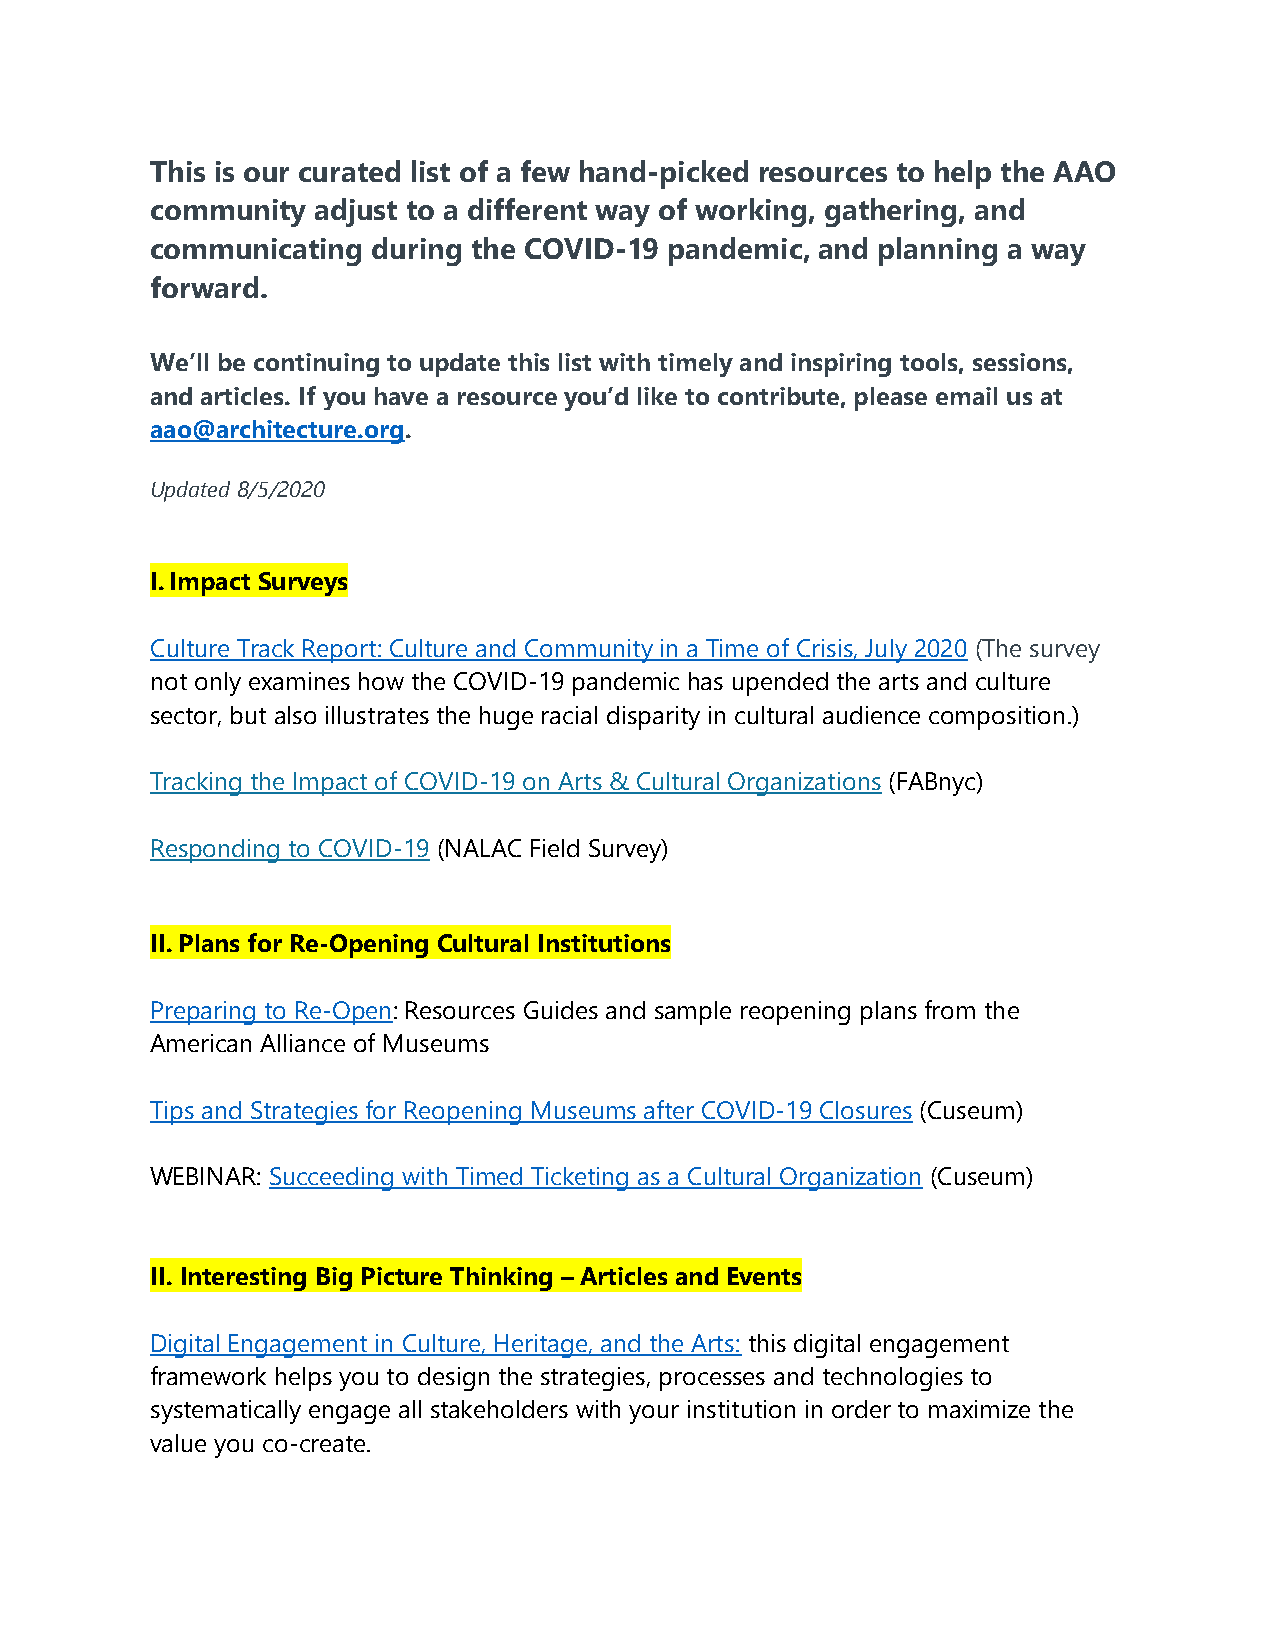
This is our curated list of a few hand-picked resources to help the AAO
 community  adjust to a different way of working, gathering, and
 communicating  during the COVID-19 pandemic, and planning a way
 forward.
 We’ll be continuing to update this list with timely and inspiring tools, sessions,
 and articles. If you have a resource you’d like to contribute, please email us at
 aao@architecture.org.
 Updated 8/5/2020
 I. Impact Surveys
 Culture Track Report: Culture and Community in a Time of Crisis, July 2020 (The survey
 not only examines how the COVID-19 pandemic has upended the arts and culture
 sector, but also illustrates the huge racial disparity in cultural audience composition.)
 Tracking the Impact of COVID-19 on Arts & Cultural Organizations (FABnyc)
 Responding to COVID-19 (NALAC Field Survey)
 II. Plans for Re-Opening Cultural Institutions
 Preparing to Re-Open: Resources Guides and sample reopening plans from the
 American Alliance of Museums
 Tips and Strategies for Reopening Museums after COVID-19 Closures (Cuseum)
 WEBINAR: Succeeding with Timed Ticketing as a Cultural Organization (Cuseum)
 II. Interesting Big Picture Thinking – Articles and Events
 Digital Engagement in Culture, Heritage, and the Arts: this digital engagement
 framework helps you to design the strategies, processes and technologies to
 systematically engage all stakeholders with your institution in order to maximize the
 value you co-create.